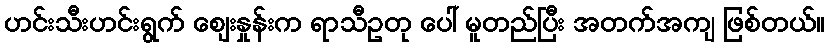
ဟင်းသီးဟင်းရွက် ဈေးနှုန်းက ရာသီဥတု ပေါ် မူတည်ပြီး အတက်အကျ ဖြစ်တယ်။